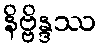
နိဗ္ဗိန္ဒဿ